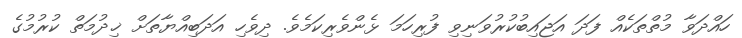
ހައްދަވާ މުތްތަކެއް ފަދަ އަޖައިބުކުރުވަނިވި ފުރިހަމަ ޅެންވެރިކަމެވެ. ދިވެހި އަދަބިއްޔާތަށް ޚިދުމަތް ކުރުމުގެ